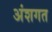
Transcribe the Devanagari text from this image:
अंशगत